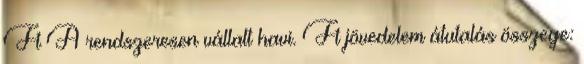
Ft A rendszeresen vállalt havi. Ft jövedelem átutalás összege: